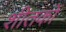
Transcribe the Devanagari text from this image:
शीतकों